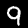
Digit: 9